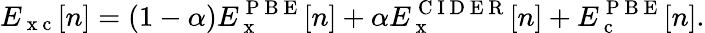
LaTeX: E_{\mathrm{~x~c~}}[n]=(1-\alpha)E_{\mathrm{~x~}}^{\mathrm{~P~B~E~}}[n]+\alpha E_{\mathrm{~x~}}^{\mathrm{~C~I~D~E~R~}}[n]+E_{\mathrm{~c~}}^{\mathrm{~P~B~E~}}[n].